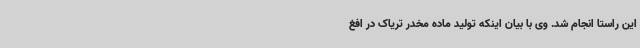
این راستا انجام شد. وی با بیان اینکه تولید ماده مخدر تریاک در افغ